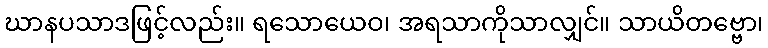
ဃာနပသာဒဖြင့်လည်း။ ရသောယေဝ၊ အရသာကိုသာလျှင်။ သာယိတဗ္ဗော၊